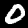
Digit: 0